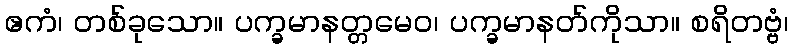
ဧကံ၊ တစ်ခုသော။ ပက္ခမာနတ္တမေဝ၊ ပက္ခမာနတ်ကိုသာ။ စရိတဗ္ဗံ၊